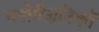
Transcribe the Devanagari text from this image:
मनोवैज्ञनिकों